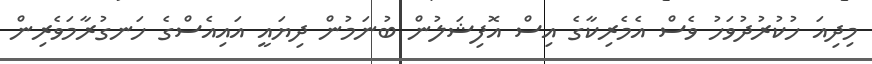
މިދިއަ ހުކުރުދުވަހު ވެސް އެމެރިކާގެ އިސް އޮފިޝަލުން ބުނަމުން ދިޔައީ އައިއެސްގެ ހަނގުރާމަވެރިން